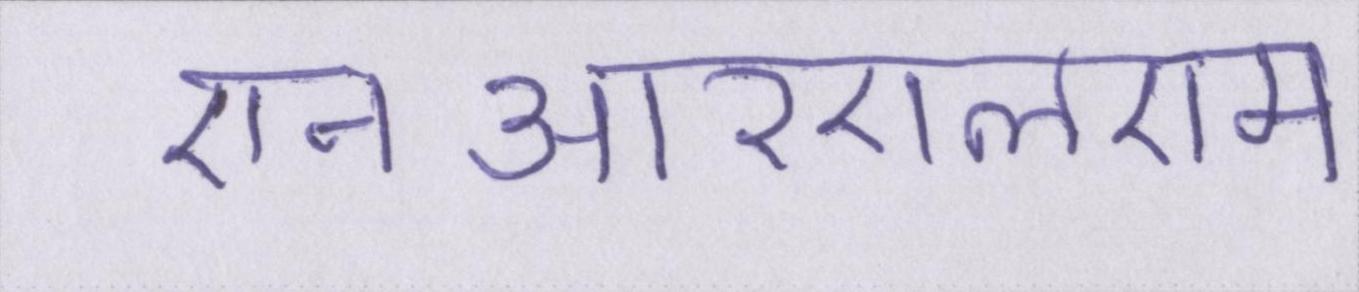
एनआरएलएम